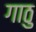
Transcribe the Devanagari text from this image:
गाठु